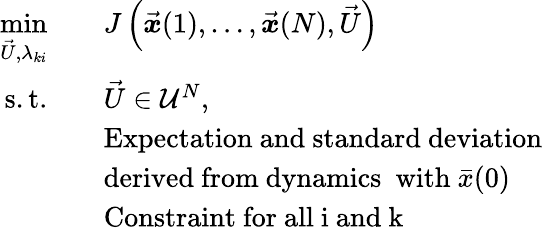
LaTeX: \begin{array}{rl}{\underset{\vec{U},\lambda_{ki}}{\mathrm{min}}\quad}&{J\left(\vec{\boldsymbol{x}}(1),\ldots,\vec{\boldsymbol{x}}(N),\vec{U}\right)}\\ {\mathrm{s.t.}\quad}&{\vec{U}\in\mathcal{U}^{N},}\\ &{\mathrm{Expectation~and~standard~deviation}}\\ &{\mathrm{derived~from~dynamics~}\mathrm{~with~}\bar{x}(0)}\\ &{\mathrm{Constraint~for~all~i~and~k~}}\end{array}